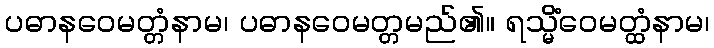
ပဓာနဝေမတ္တံနာမ၊ ပဓာနဝေမတ္တမည်၏။ ရသ္မိံဝေမတ္ထံနာမ၊